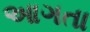
આગતા